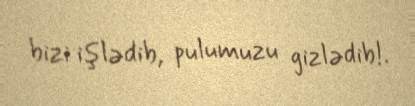
bizi işlədib, pulumuzu gizlədib!.